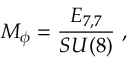
{ \cal M } _ { \phi } = \frac { E _ { 7 , 7 } } { S U ( 8 ) } \ ,